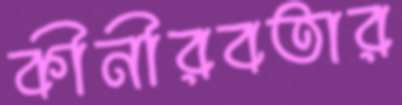
কীনীরবতার